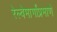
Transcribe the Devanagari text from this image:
रेल्वेमार्गांप्रमाणे